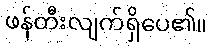
ဖန်တီးလျက်ရှိပေ၏။